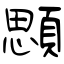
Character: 顋